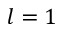
l = 1